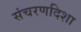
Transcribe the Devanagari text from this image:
संचरणदिशा